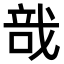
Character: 𢧂